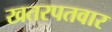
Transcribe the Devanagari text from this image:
खतरपतवार